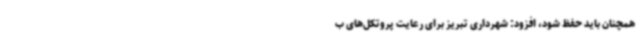
همچنان باید حفظ شود، افزود: شهرداری تبریز برای رعایت پروتکل‌های ب